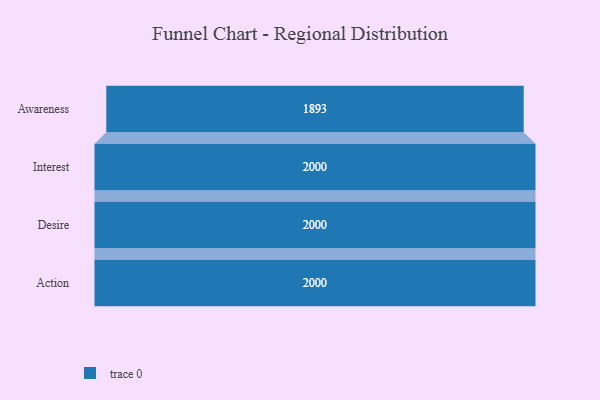
{"axis": {"x": "Stage", "y": "Value"}, "legend": [""], "data": [{"x": "Awareness", "y": 1893.0, "type": ""}, {"x": "Interest", "y": 2000, "type": ""}, {"x": "Desire", "y": 2000, "type": ""}, {"x": "Action", "y": 2000, "type": ""}]}